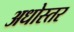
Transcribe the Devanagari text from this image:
अधोस्तर